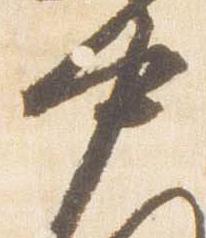
中